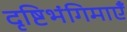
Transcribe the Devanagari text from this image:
दृष्टिभंगिमाएँ